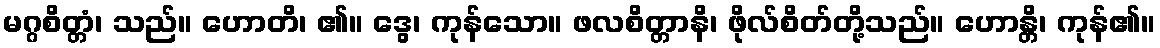
မဂ္ဂစိတ္တံ၊ သည်။ ဟောတိ၊ ၏။ ဒွေ၊ ကုန်သော။ ဖလစိတ္တာနိ၊ ဖိုလ်စိတ်တို့သည်။ ဟောန္တိ၊ ကုန်၏။